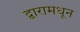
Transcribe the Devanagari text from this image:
द्वारामधून